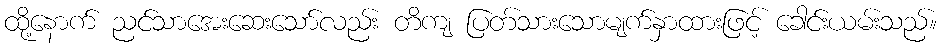
ထို့နောက် ညင်သာအေးဆေးသော်လည်း တိကျ ပြတ်သားသောမျက်နှာထားဖြင့် ခေါင်းယမ်းသည်။